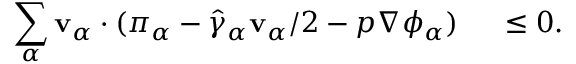
\begin{array} { r l } { \displaystyle \sum _ { \alpha } \mathbf { v } _ { \alpha } \cdot ( \boldsymbol { \pi } _ { \alpha } - \hat { \gamma } _ { \alpha } \mathbf { v } _ { \alpha } / 2 - p \nabla \phi _ { \alpha } ) } & { { } ~ \leq 0 . } \end{array}